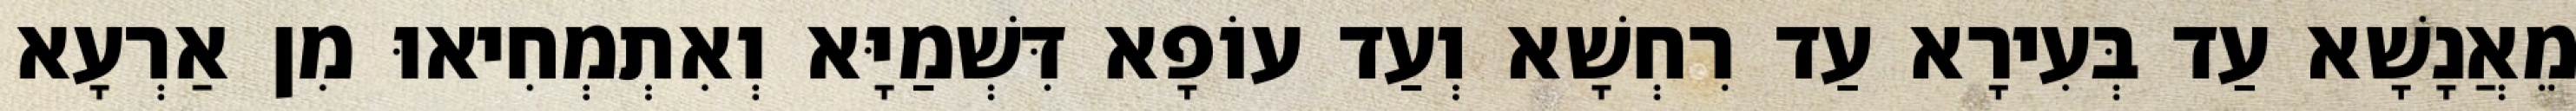
מֵאֲנָשָׁא עַד בְּעִירָא עַד רִחְשָׁא וְעַד עוֹפָא דִּשְׁמַיָּא וְאִתְמְחִיאוּ מִן אַרְעָא